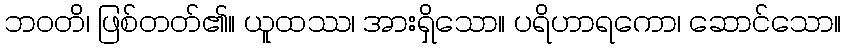
ဘဝတိ၊ ဖြစ်တတ်၏။ ယူထဿ၊ အားရှိသော။ ပရိဟာရကော၊ ဆောင်သော။